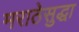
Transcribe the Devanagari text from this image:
मराठेसुद्धा